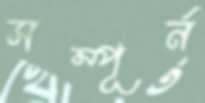
সম্পূর্ন